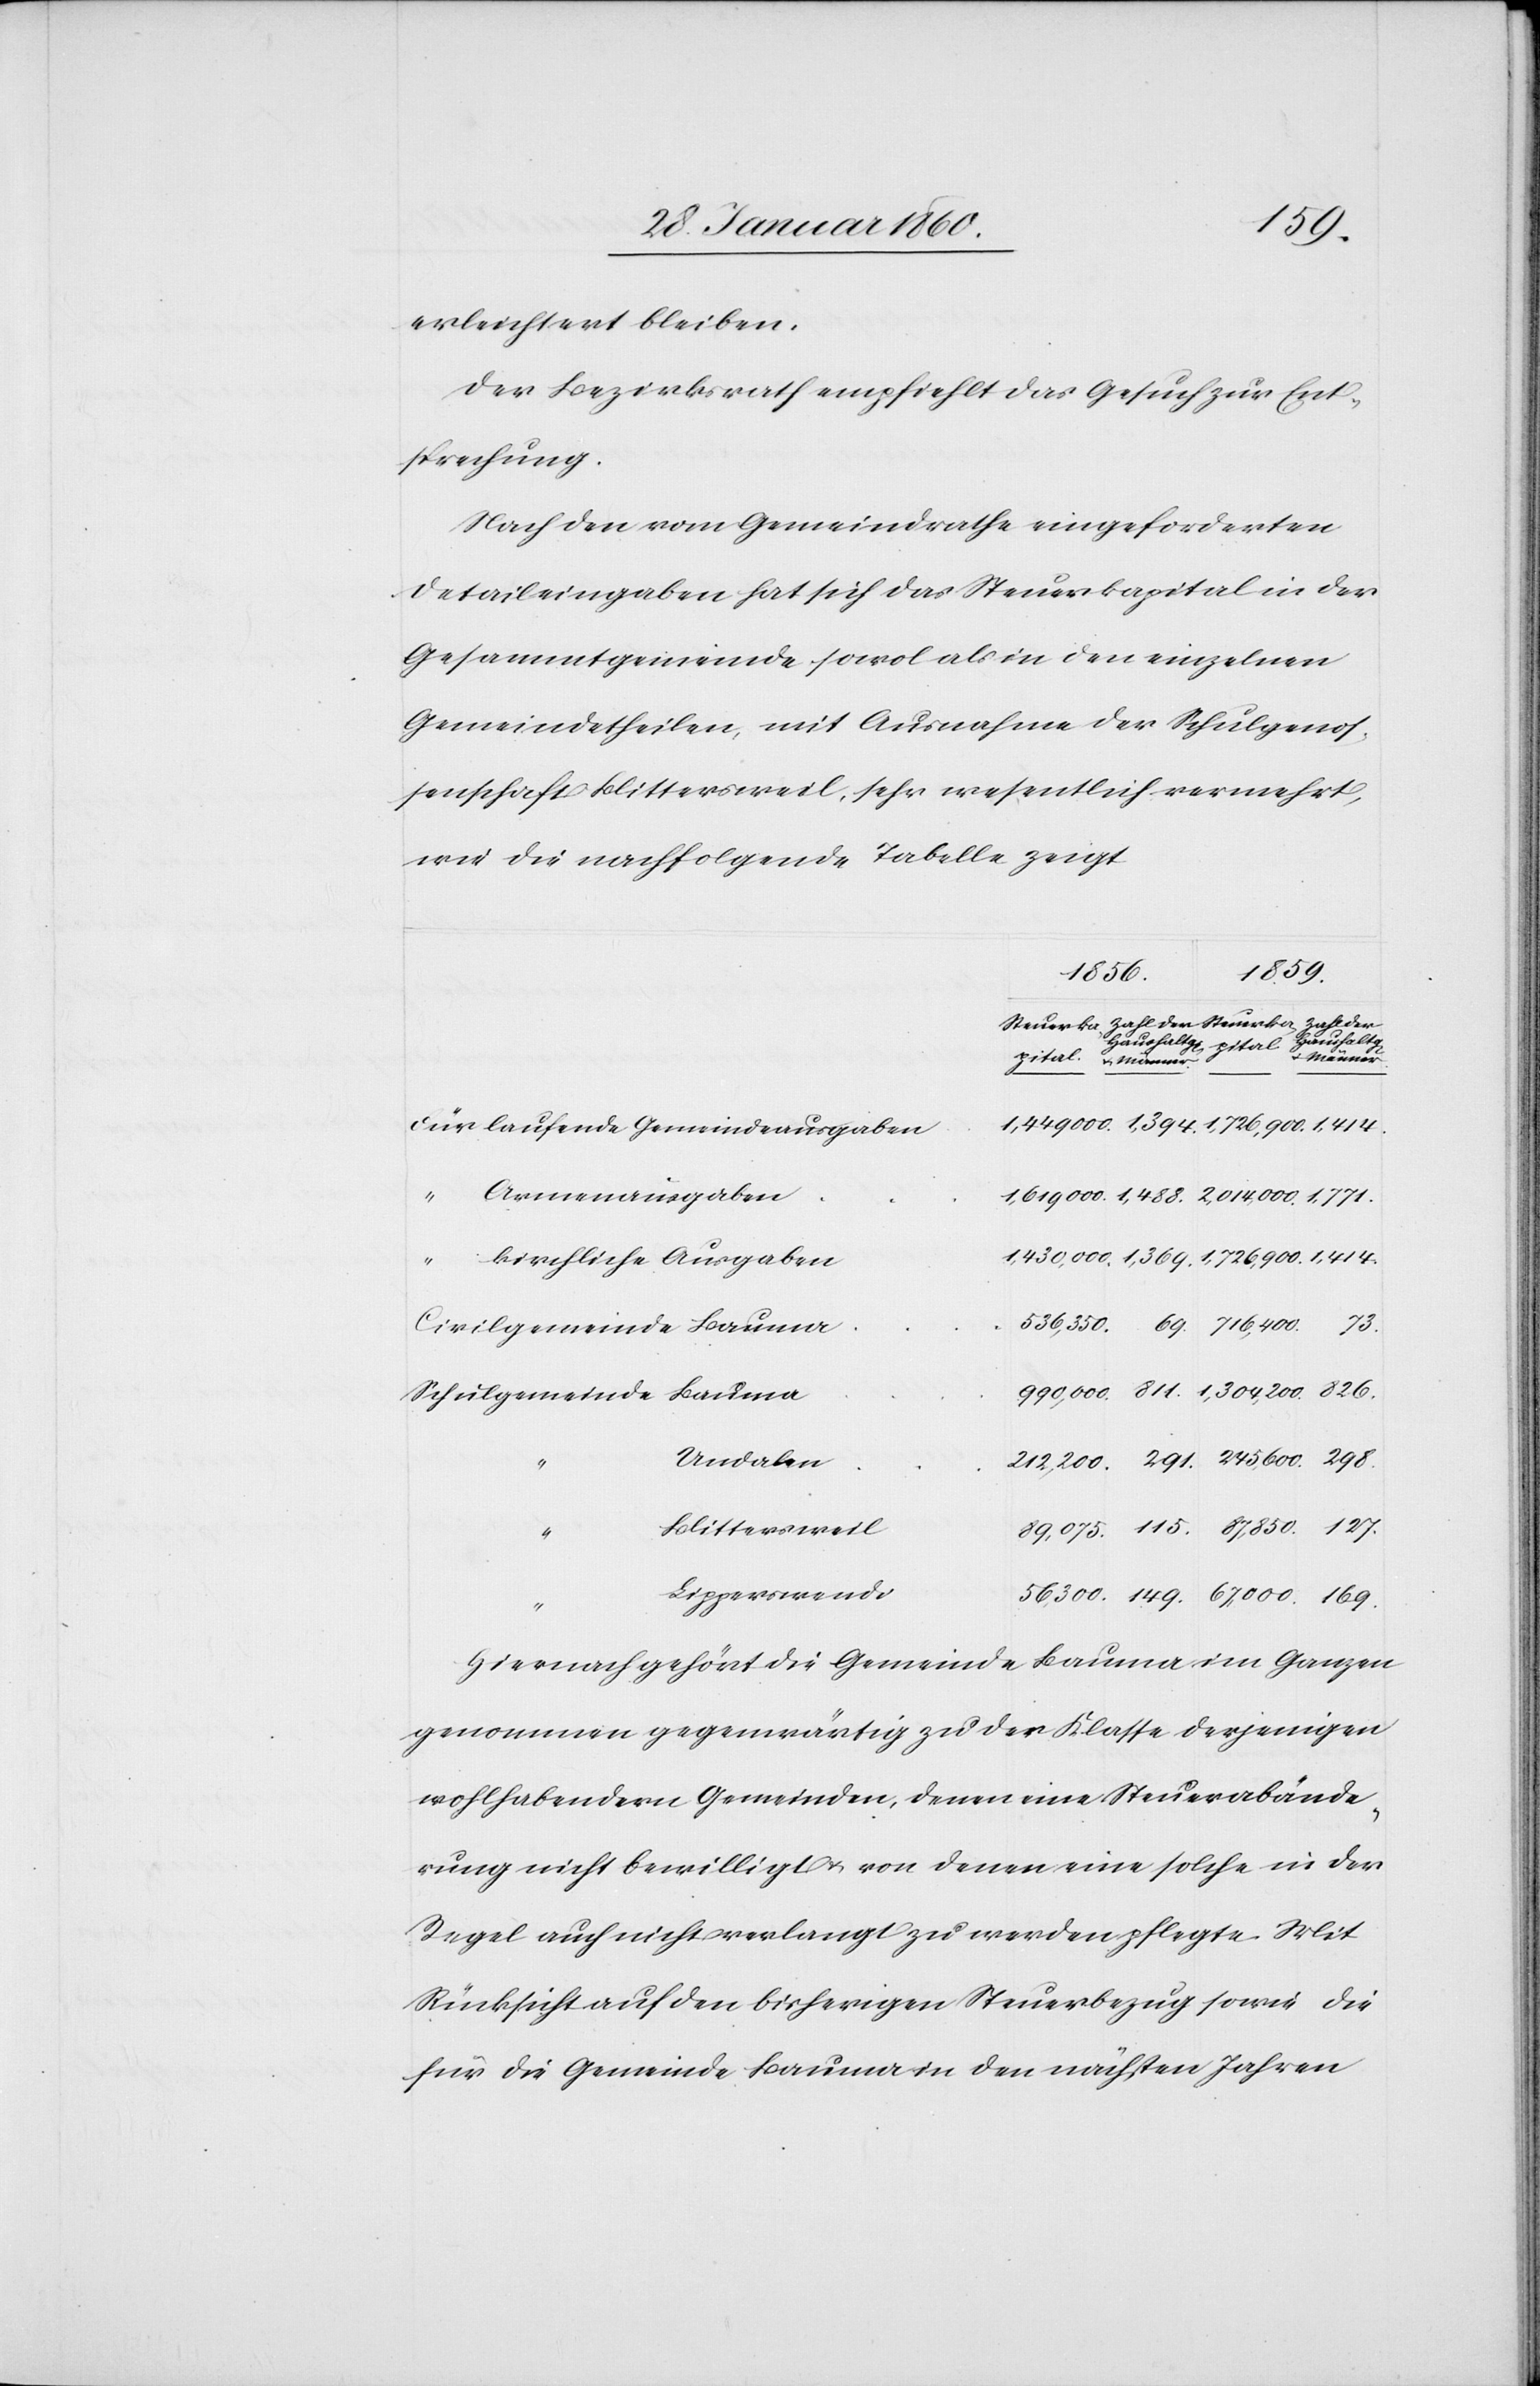
67,000.
erleichtert bleiben.
Der Bezirksrath empfiehlt das Gesuch zur Ent¬
sprechung.
Nach den vom Gemeindrathe eingeforderten
Detaileingaben hat sich das Steuerkapital in der
Gesammtgemeinde sowol als in den einzelnen
Gemeindetheilen, mit Ausnahme der Schulgenos¬
senschaft Blittersweil, sehr wesentlich vermehrt,
wie die nachfolgende Tabelle zeigt.
169.
1856.
Zahl der
Haushaltg[en]
u. Männer
Für laufende Gemeindeausgaben
kirchliche Ausgaben
Civilgemeinde Bauma
Undalen
Blittersweil
Lipperswende
Hiernach gehört die Gemeinde Bauma im Ganzen
genommen gegenwärtig zu der Klasse derjenigen
wohlhabendern Gemeinden, denen eine Steuerabände¬
rung nicht bewilligt u. von denen eine solche in der
Regel auch nicht verlangt zu werden pflegte. Mit
Rücksicht auf den bisherigen Steuerbezug sowie die
für die Gemeinde Bauma in den nächsten Jahren